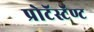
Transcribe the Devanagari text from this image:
प्रोटॅस्टॅण्ट